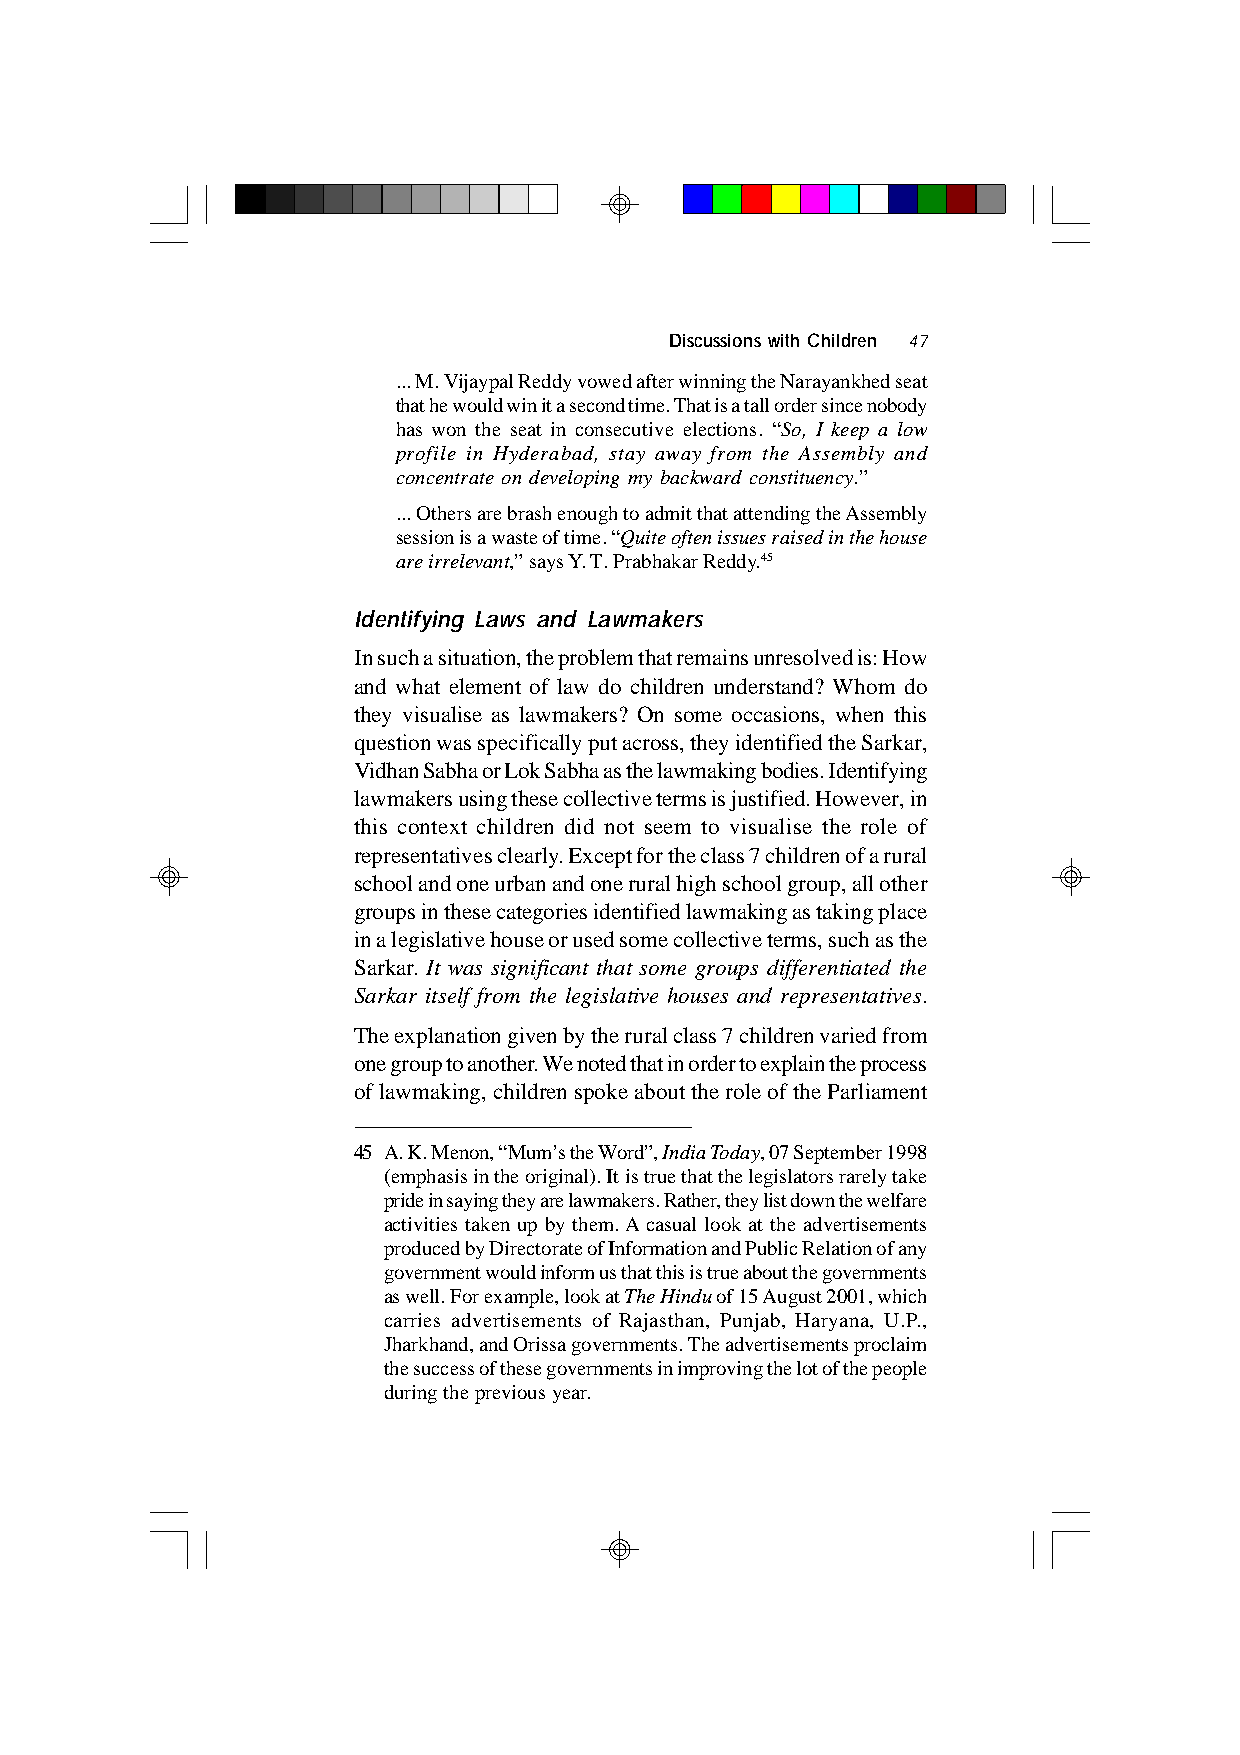
Discussions with Children 47
 ... M. Vijaypal Reddy vowed after winning the Narayankhed seat
 that he would win it a second time. That is a tall order since nobody
 has won the seat in consecutive elections. “So, I keep a low
 profile in Hyderabad, stay away from the Assembly and
 concentrate on developing my backward constituency.”
 ... Others are brash enough to admit that attending the Assembly
 session is a waste of time. “Quite often issues raised in the house
 are irrelevant,” says Y. T. Prabhakar Reddy.45
 Identifying Laws and Lawmakers
 In such a situation, the problem that remains unresolved is: How
 and what element of law do children understand? Whom do
 they visualise as lawmakers? On some occasions, when this
 question was specifically put across, they identified the Sarkar,
 Vidhan Sabha or Lok Sabha as the lawmaking bodies. Identifying
 lawmakers using these collective terms is justified. However, in
 this context children did not seem to visualise the role of
 representatives clearly. Except for the class 7 children of a rural
 school and one urban and one rural high school group, all other
 groups in these categories identified lawmaking as taking place
 in a legislative house or used some collective terms, such as the
 Sarkar. It was significant that some groups differentiated the
 Sarkar itself from the legislative houses and representatives.
 The explanation given by the rural class 7 children varied from
 one group to another. We noted that in order to explain the process
 of lawmaking, children spoke about the role of the Parliament
 45 A. K. Menon, “Mum’s the Word”, India Today, 07 September 1998
 (emphasis in the original). It is true that the legislators rarely take
 pride in saying they are lawmakers. Rather, they list down the welfare
 activities taken up by them. A casual look at the advertisements
 produced by Directorate of Information and Public Relation of any
 government would inform us that this is true about the governments
 as well. For example, look at The Hindu of 15 August 2001, which
 carries advertisements of Rajasthan, Punjab, Haryana, U.P.,
 Jharkhand, and Orissa governments. The advertisements proclaim
 the success of these governments in improving the lot of the people
 during the previous year.